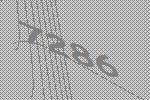
7286